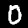
Digit: 0